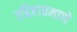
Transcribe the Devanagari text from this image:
उद्दिष्टाप्रमाणे